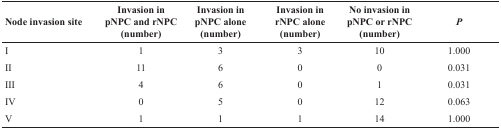
| Node invasion site | Invasion in pNPC and rNPC (number) | Invasion in pNPC alone (number) | Invasion in rNPC alone (number) | No invasion in pNPC or rNPC (number) | P |
 | --- | --- | --- | --- | --- | --- |
 | I | 1 | 3 | 3 | 10 | 1.000 |
 | II | 11 | 6 | 0 | 0 | 0.031 |
 | III | 4 | 6 | 0 | 1 | 0.031 |
 | IV | 0 | 5 | 0 | 12 | 0.063 |
 | V | 1 | 1 | 1 | 14 | 1.000 |